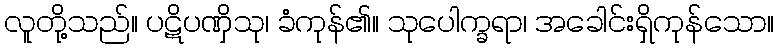
လူတို့သည်။ ပဋိပဏှိသု၊ ခံကုန်၏။ သုပေါက္ခရာ၊ အခေါင်းရှိကုန်သော။